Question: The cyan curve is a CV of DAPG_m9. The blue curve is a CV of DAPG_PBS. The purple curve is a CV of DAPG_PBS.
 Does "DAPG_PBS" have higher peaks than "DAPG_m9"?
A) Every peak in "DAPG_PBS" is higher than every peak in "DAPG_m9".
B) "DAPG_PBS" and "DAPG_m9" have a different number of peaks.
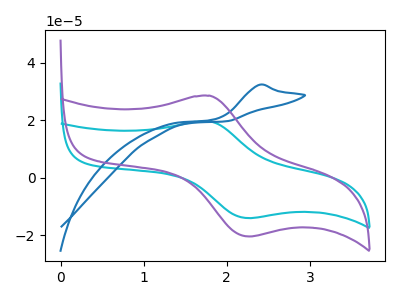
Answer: <think>The cyan curve "DAPG_m9" has an anodic peak at (1.80V, 19.65uA) and a cathodic peak at (2.25V, -14.00uA). The blue curve "DAPG_PBS" has an anodic peak at: (2.40V, 32.40uA). The purple curve "DAPG_PBS" has an anodic peak at (1.80V, 28.55uA) and a cathodic peak at (2.25V, -20.40uA).</think>
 <answer>A) Every peak in "DAPG_PBS" is higher than every peak in "DAPG_m9".</answer>
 <eval>A</eval>